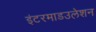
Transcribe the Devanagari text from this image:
इंटरमाडउलेशन